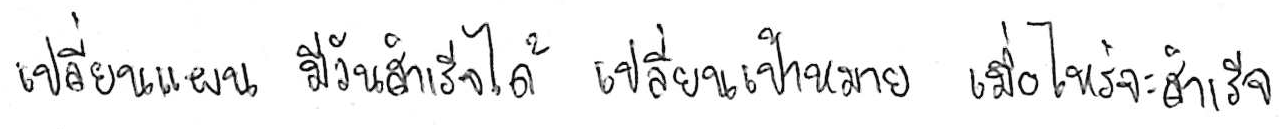
เปลี่ยนแผน มีวันสำเร็จได้ เปลี่ยนเป้าหมาย เมื่อไหร่จะสำเร็จ